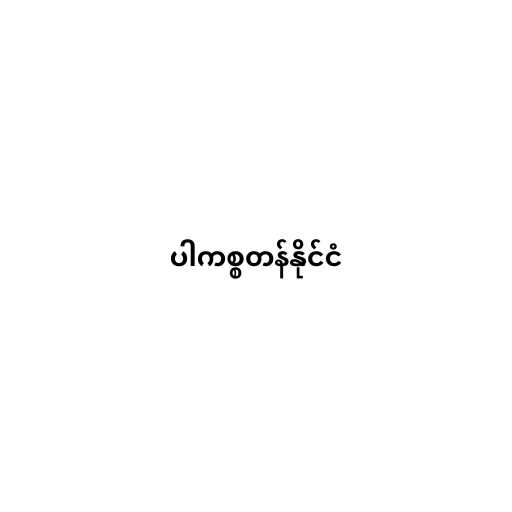
ပါကစ္စတန်နိုင်ငံ